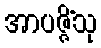
အာပဇ္ဇိံသု